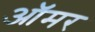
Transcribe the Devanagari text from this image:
ऑमर